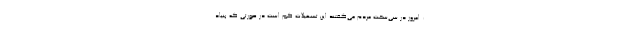
: امروز در سی‌سخت مردم می‌گفتند این تسهیلات کم است در صورتی که بنیاد